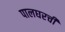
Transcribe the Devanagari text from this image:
पालघरची